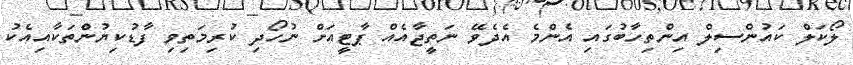
ލޯކަލް ކައުންސިލް އިންތިހާބުގައި އެންމެ އެދެވޭ ނަތީޖާއެއް ޕާޓީއަށް ނުހޯދި ކުރިމަތިވި ފާޑުކިޔުންތަކާއިއެކު